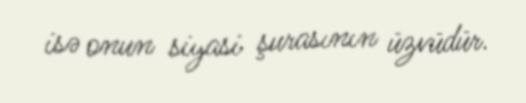
isə onun siyasi şurasının üzvüdür.